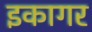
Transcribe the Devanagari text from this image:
इकागर